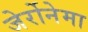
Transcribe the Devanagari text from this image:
जेर्रोनेमा